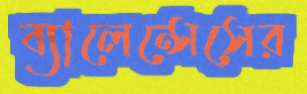
ব্যালেন্সেসের